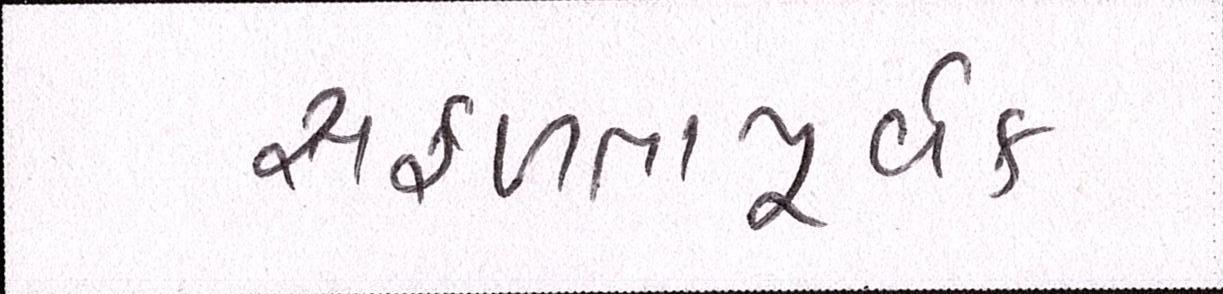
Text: સફળતાપૂર્વક